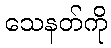
သေနတ်ကို